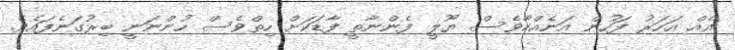
އެއް އަހަރު ފަހުން އަނެއްކާވެސް ޔޫލީ ފެންނާތީ ފާޑަކަށް ހިތްވެސް ހުންނަނީ ބިރުގަނެފައެވެ.